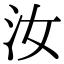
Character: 汝